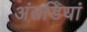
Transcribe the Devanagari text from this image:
अंतडियां